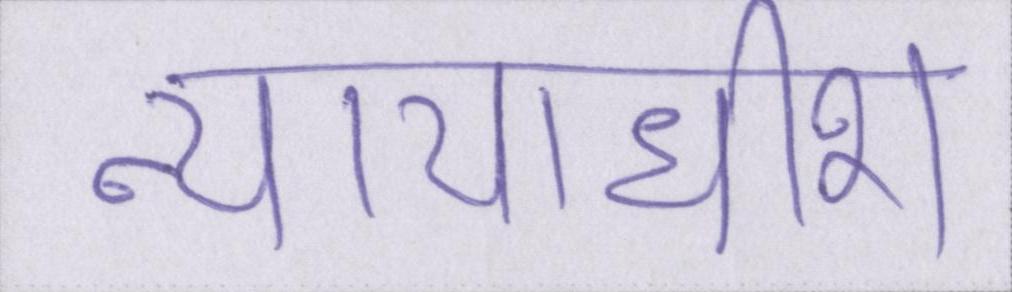
न्यायाधीश